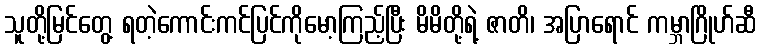
သူတို့မြင်တွေ့ ရတဲ့ကောင်းကင်ပြင်ကိုမော့ကြည့်ပြီး မိမိတို့ရဲ့ ဇာတိ၊ အပြာရောင် ကမ္ဘာဂြိုဟ်ဆီ